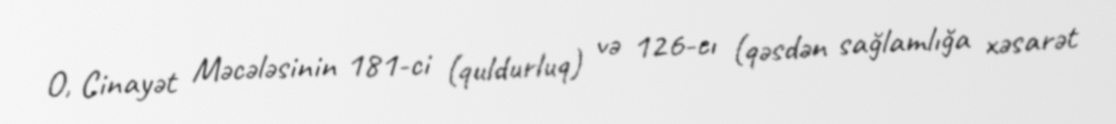
O, Cinayət Məcələsinin 181-ci (quldurluq) və 126-cı (qəsdən sağlamlığa xəsarət